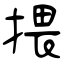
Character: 揋